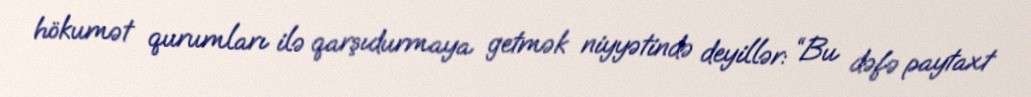
hökumət qurumları ilə qarşıdurmaya getmək niyyətində deyillər: “Bu dəfə paytaxt